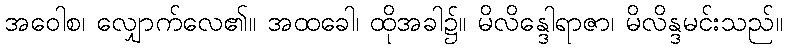
အဝေါစ၊ လျှောက်လေ၏။ အထခေါ၊ ထိုအခါ၌။ မိလိန္ဒေါရာဇာ၊ မိလိန္ဒမင်းသည်။